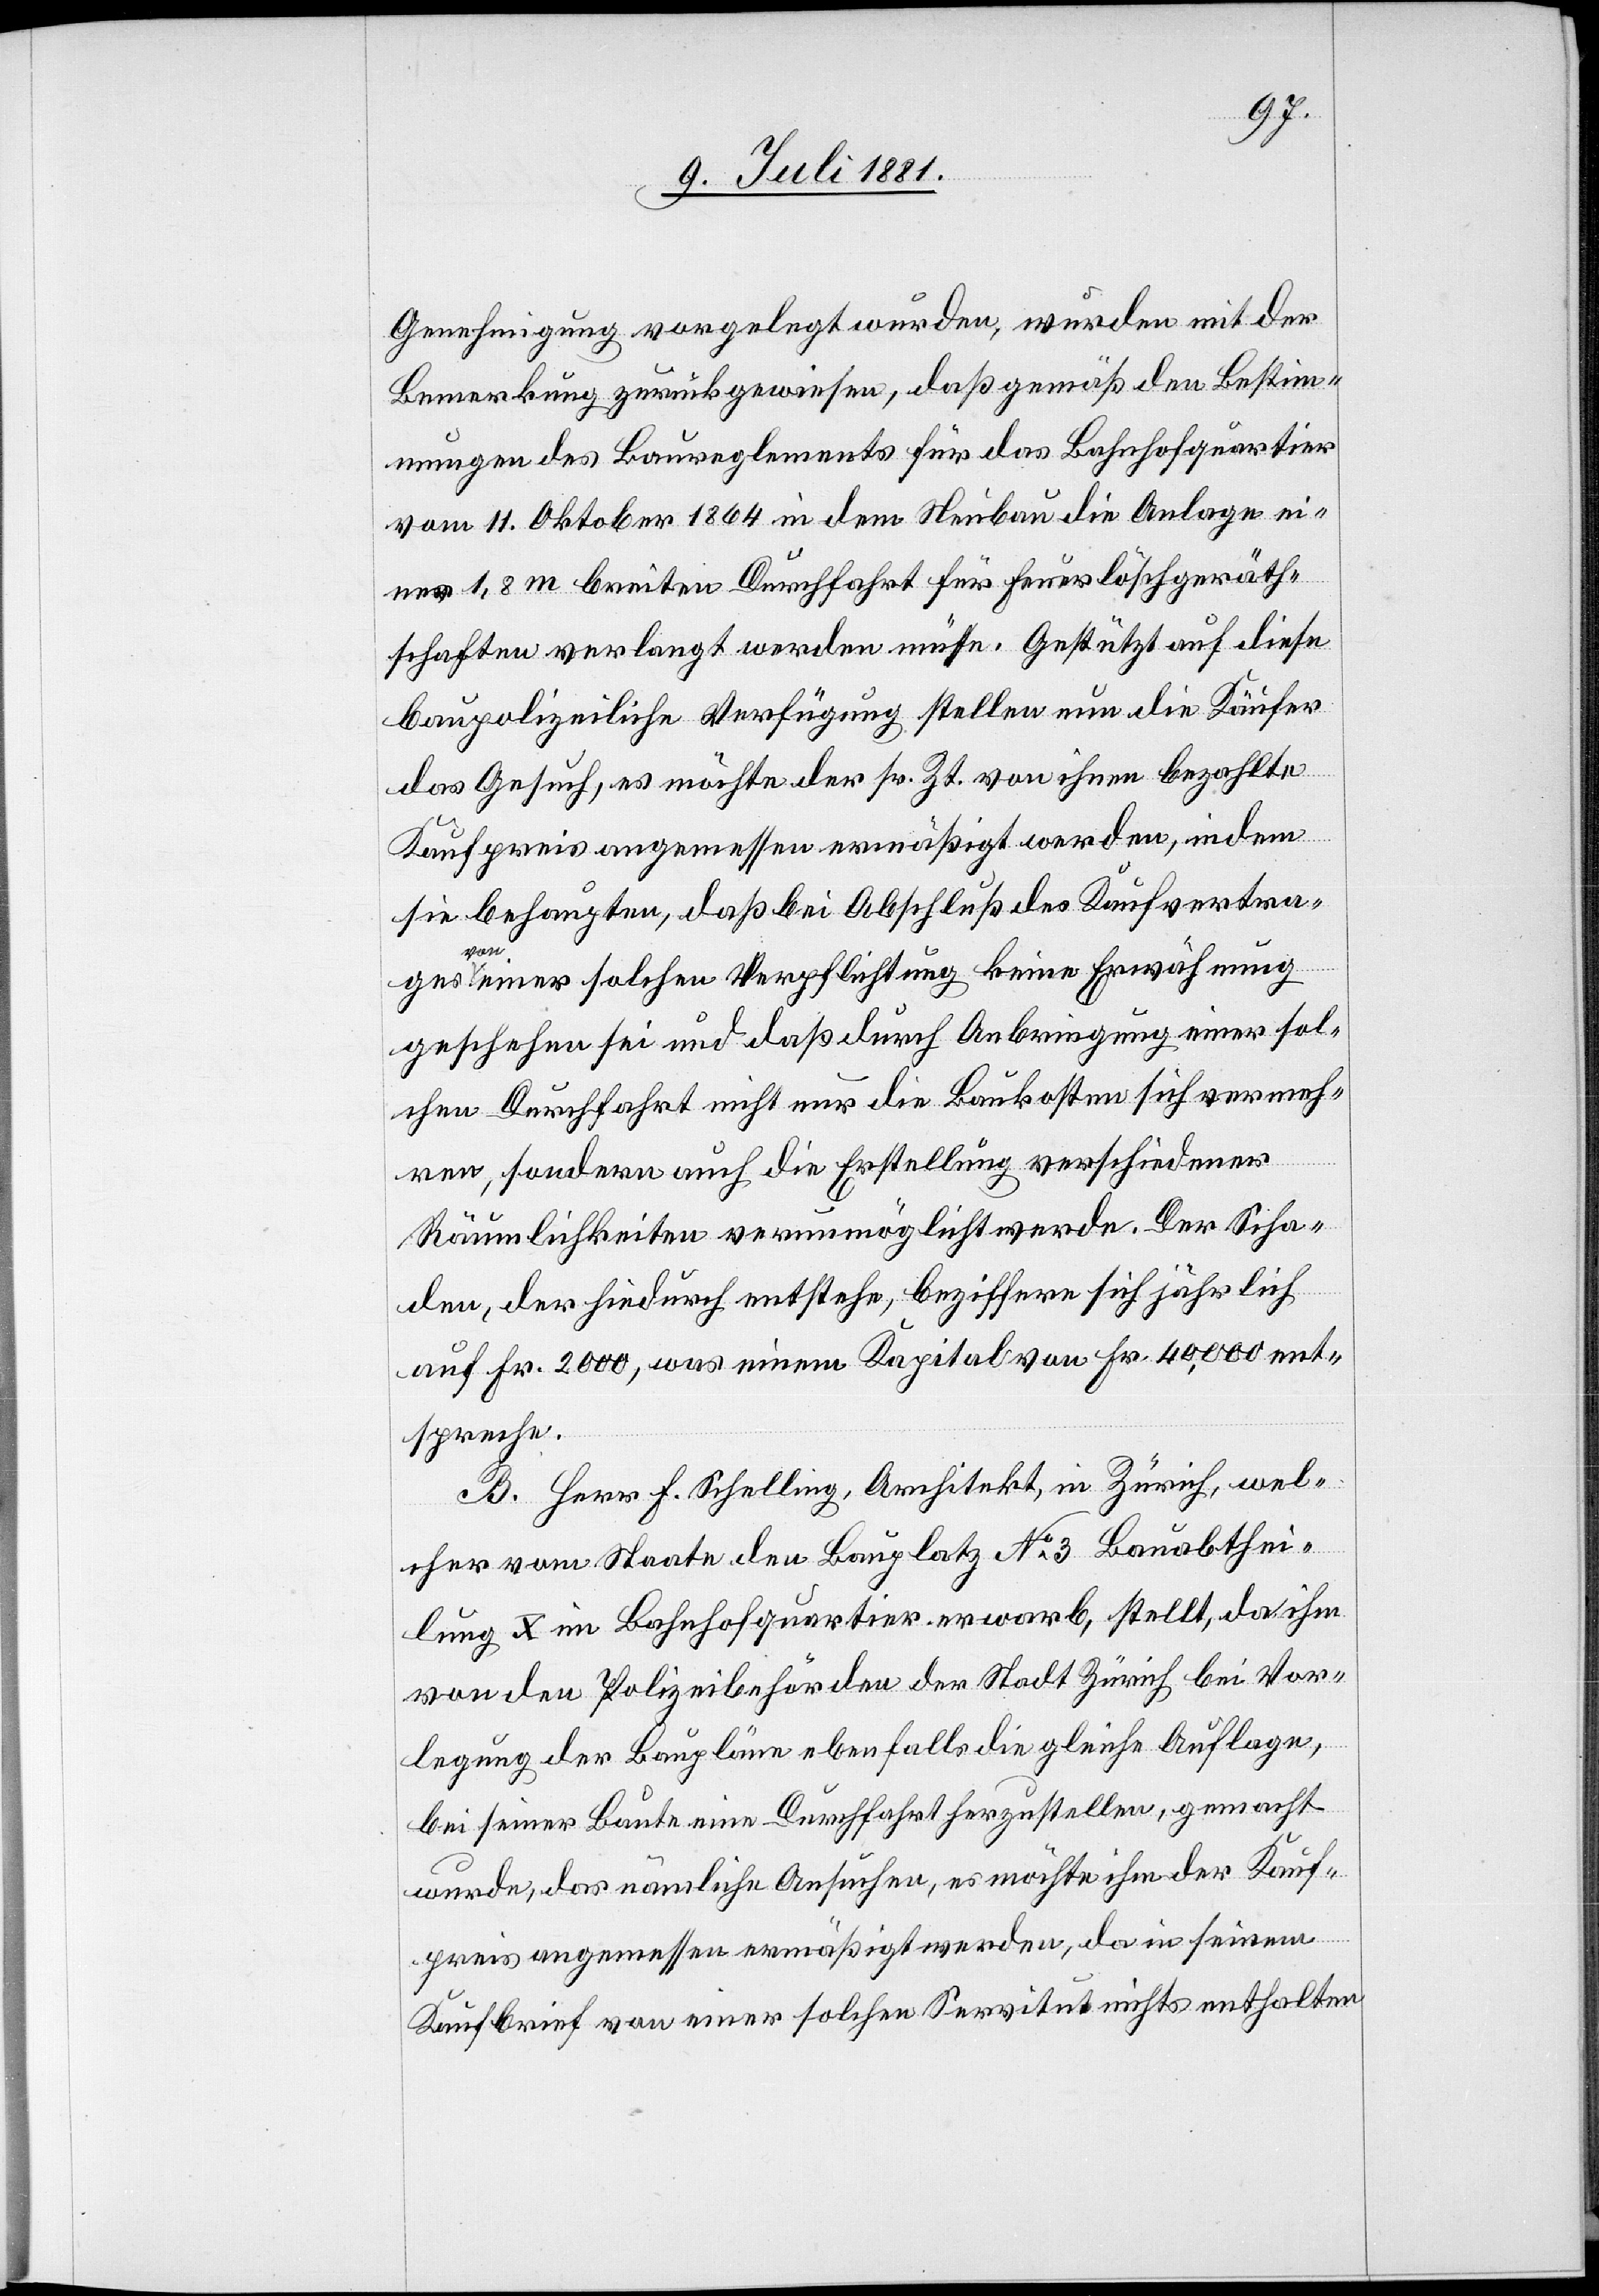
Genehmigung vorgelegt wurden, wurden mit der
Bemerkung zurückgewiesen, daß gemäß den Bestim¬
mungen des Baureglements für das Bahnhofquartier
vom 11. Oktober 1864 in dem Neubau die Anlage ei¬
ner 1,8 m breiten Durchfahrt für Feuerlöschgeräth¬
schaften verlangt werden müsse. Gestützt auf diese
baupolizeiliche Verfügung stellen nun die Käufer
das Gesuch, es möchte der sr. Zt. von ihnen bezahlte
Kaufpreis angemessen ermäßigt werden, indem
sie behaupten, daß bei Abschluß des Kaufvertra¬
ges von einer solchen Verpflichtung keine Erwähnung
geschehen sei und daß durch Anbringung einer sol¬
chen Durchfahrt nicht nur die Baukosten sich vermeh¬
ren, sondern auch die Erstellung verschiedener
Räumlichkeiten verunmöglicht werde. Der Scha¬
den, der hiedurch entstehe, beziffere sich jährlich
auf Fr. 2000, was einem Kapital von Fr. 40,000 ent¬
spreche.
B. Herr F. Schelling, Architekt, in Zürich, wel¬
cher vom Staate den Bauplatz No 3 Bauabthei¬
lung X im Bahnhofquartier erwarb, stellt, da ihm
von den Polizeibehörden der Stadt Zürich bei Vor¬
legung der Baupläne ebenfalls die gleiche Auflage
bei seiner Baute eine Durchfahrt herzustellen, gemacht
wurde, das nämliche Ansuchen, es möchte ihm der Kauf¬
preis angemessen ermäßigt werden, da in seinem
Kaufbrief von einer solchen Servitut nichts enthalten